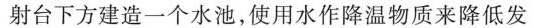
射台下方建造一个水池，使用水作降温物质来降低发